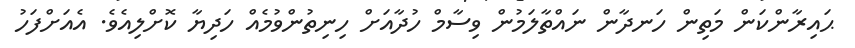
ޙައިރާންކަން މަތިން ހަނދާން ނައްތާލަމުން ވިސާމް ހުދާއަށް ހިނިތުންވުމެއް ހަދިޔާ ކޮށްލިއެވެ. އެއަށްފަހު